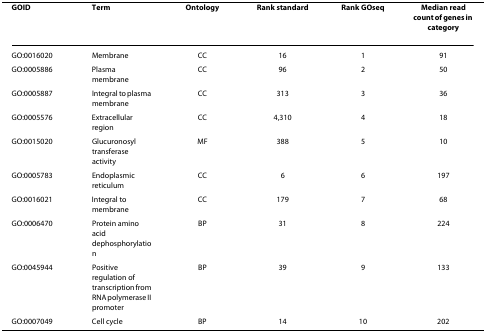
| GOID | Term | Ontology | Rank standard | Rank GOseq | Median read count of genes in category |
 | --- | --- | --- | --- | --- | --- |
 | GO:0016020 | Membrane | CC | 16 | 1 | 91 |
 | GO:0005886 | Plasma membrane | CC | 96 | 2 | 50 |
 | GO:0005887 | Integral to plasma membrane | CC | 313 | 3 | 36 |
 | GO:0005576 | Extracellular region | CC | 4,310 | 4 | 18 |
 | GO:0015020 | Glucuronosyl transferase activity | MF | 388 | 5 | 10 |
 | GO:0005783 | Endoplasmic reticulum | CC | 6 | 6 | 197 |
 | GO:0016021 | Integral to membrane | CC | 179 | 7 | 68 |
 | GO:0006470 | Protein amino acid dephosphorylation | BP | 31 | 8 | 224 |
 | GO:0045944 | Positive regulation of transcription from RNA polymerase II promoter | BP | 39 | 9 | 133 |
 | GO:0007049 | Cell cycle | BP | 14 | 10 | 202 |